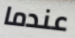
عندما